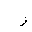
Letter: _zay